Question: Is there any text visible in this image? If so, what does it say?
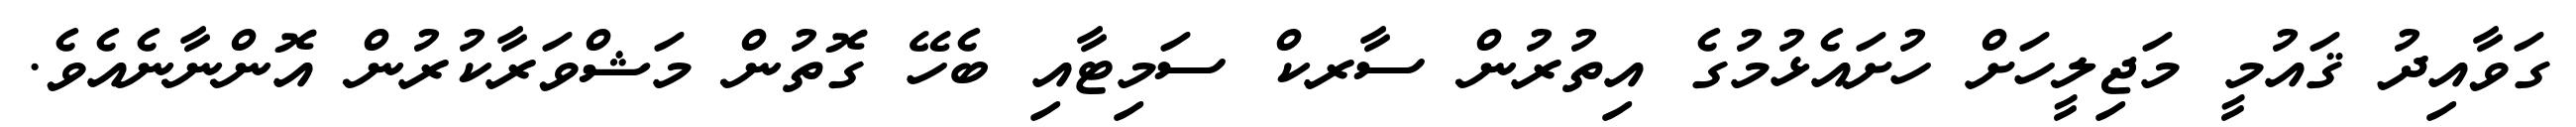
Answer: ގަވާއިދު ޤައުމީ މަޖިލީހަށް ހުށައެޅުމުގެ އިތުރުން ސާރކް ސަމިޓާއި ބެހޭ ގޮތުން މަޝްވަރާކުރުން އޮންނާނެއެވެ.